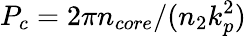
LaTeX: P_{c}=2\pi n_{core}/(n_{2}k_{p}^{2})